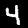
Label: 4